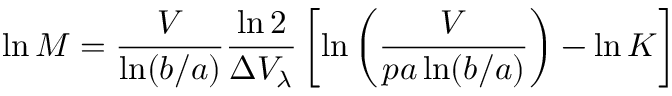
\ln M = { \frac { V } { \ln ( b / a ) } } { \frac { \ln 2 } { \Delta V _ { \lambda } } } \left[ \ln \left( { \frac { V } { p a \ln ( b / a ) } } \right) - \ln K \right]